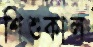
শিশুকাল